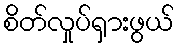
စိတ်လှုပ်ရှားဖွယ်